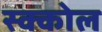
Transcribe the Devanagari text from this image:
स्क्कोल